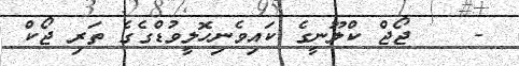
-    ޖޯޖް ކްލޫނީގެ ކައިވެނިހޮލީވުޑްގެގެ ތަރި ޖޯކް